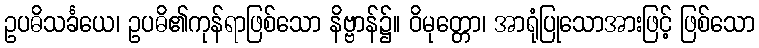
ဥပဓိသင်္ခယေ၊ ဥပဓိ၏ကုန်ရာဖြစ်သော နိဗ္ဗာန်၌။ ဝိမုတ္တော၊ အာရုံပြုသောအားဖြင့် ဖြစ်သော